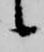
候